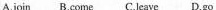
A. join B. come C. leave D. go